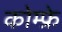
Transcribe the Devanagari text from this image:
कोम्फ्रे